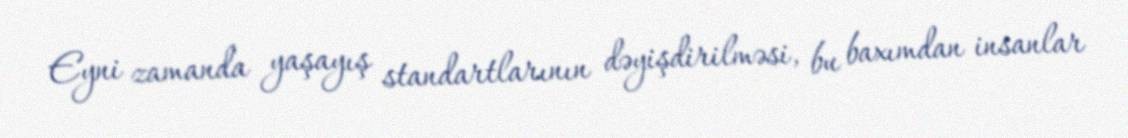
Eyni zamanda yaşayış standartlarının dəyişdirilməsi, bu baxımdan insanlar